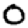
Digit: 0